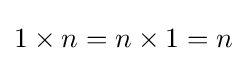
1\times n=n\times 1=n